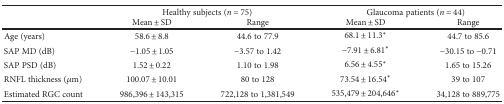
<table><thead><tr><td rowspan="2"></td><td colspan="2"><b>Healthy subjects (<i>n</i> = 75)</b></td><td colspan="2"><b>Glaucoma patients (<i>n</i> = 44)</b></td></tr><tr><td><b>Mean ± SD</b></td><td><b>Range</b></td><td><b>Mean ± SD</b></td><td><b>Range</b></td></tr></thead><tbody><tr><td>Age (years)</td><td>58.6 ± 8.8</td><td>44.6 to 77.9</td><td>68.1 ± 11.3<sup>∗</sup></td><td>44.7 to 85.6</td></tr><tr><td>SAP MD (dB)</td><td>−1.05 ± 1.05</td><td>−3.57 to 1.42</td><td>−7.91 ± 6.81<sup>∗</sup></td><td>−30.15 to −0.71</td></tr><tr><td>SAP PSD (dB)</td><td>1.52 ± 0.22</td><td>1.10 to 1.98</td><td>6.56 ± 4.55<sup>∗</sup></td><td>1.65 to 15.26</td></tr><tr><td>RNFL thickness (<i>μ</i>m)</td><td>100.07 ± 10.01</td><td>80 to 128</td><td>73.54 ± 16.54<sup>∗</sup></td><td>39 to 107</td></tr><tr><td>Estimated RGC count</td><td>986,396 ± 143,315</td><td>722,128 to 1,381,549</td><td>535,479 ± 204,646<sup>∗</sup></td><td>34,128 to 889,775</td></tr></tbody></table>